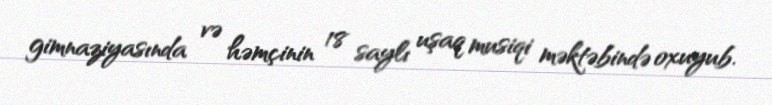
gimnaziyasında və həmçinin 18 saylı uşaq musiqi məktəbində oxuyub.